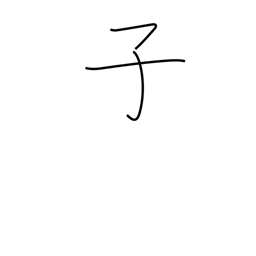
Meaning: 11PM-1AM